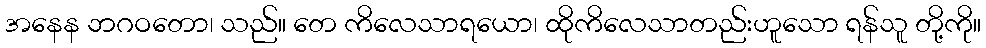
အနေန ဘဂဝတော၊ သည်။ တေ ကိလေသာရယော၊ ထိုကိလေသာတည်းဟူသော ရန်သူ တို့ကို။